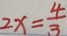
2 x = \frac { 4 } { 3 }